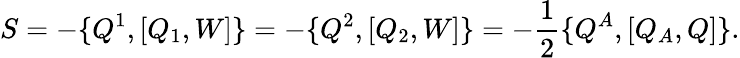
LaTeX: S=-\{ Q^{1},[Q_{1},W]\} =-\{ Q^{2},[Q_{2},W]\} =-\frac{1}{2}\{ Q^{A},[Q_{A},Q]\} .